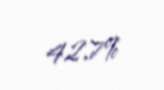
42,7%